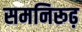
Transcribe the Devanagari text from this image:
समनिरूढ़